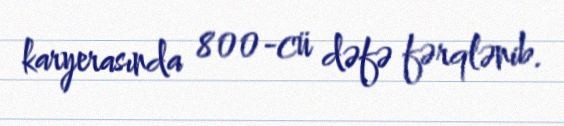
karyerasında 800-cü dəfə fərqlənib.